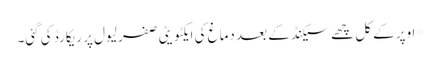
*اوپر کے کل چھے سیکنڈ کے بعد دماغ کی ایکٹویٹی صفر لیول پر ریکارڈ کی گئی۔